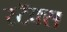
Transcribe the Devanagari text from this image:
स्टॅक्स